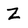
Character: Z